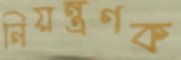
নিয়ন্ত্রণক